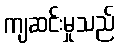
ကျဆင်းမှုသည်